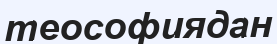
теософиядан